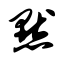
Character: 默